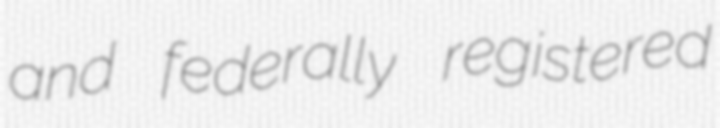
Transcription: and federally registered